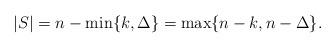
LaTeX: \begin{align*} |S| = n - \min \{k, \Delta\} = \max \{n - k, n - \Delta\}.\end{align*}